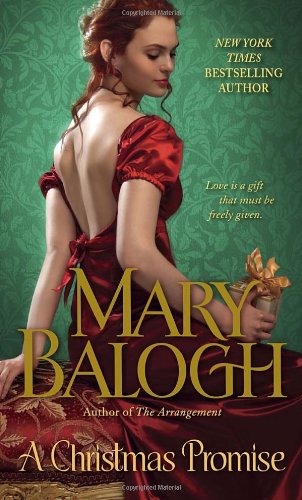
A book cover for A Christmas Promise; Mary Balogh; Romance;